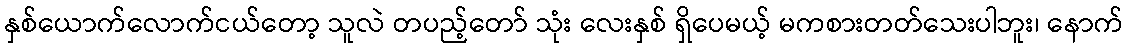
နှစ်ယောက်လောက်ငယ်တော့ သူလဲ တပည့်တော် သုံး လေးနှစ် ရှိပေမယ့် မကစားတတ်သေးပါဘူး၊ နောက်